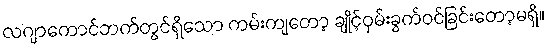
လဂျာကောင်ဘက်တွင်ရှိသော ကမ်းကျတော့ ချိုင့်ဝှမ်းခွက်ဝင်ခြင်းတော့မရှိ။